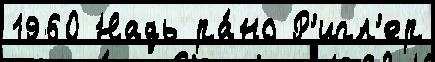
1960 Надь ра́но Р'игл'ер